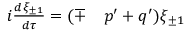
\begin{array} { r l } { i \frac { d \xi _ { \pm 1 } } { d \tau } = ( \mp } & { { } p ^ { \prime } + q ^ { \prime } ) \xi _ { \pm 1 } } \end{array}